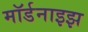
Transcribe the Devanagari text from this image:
मॉर्डनाइझ